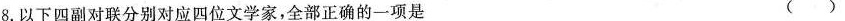
8.以下四副对联分别对应四位文学家，全部正确的一项是 ( )